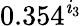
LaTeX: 0.354^{\mathit{i}_{3}}